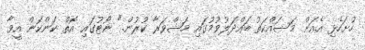
ހުށަހެޅި އެއަށް މަސައްކަތު ބައްދަލުވުމުގައި މަޝްވަރާ ކުރުން." ނޯޓުގައި އޮތް ކަންކަން އީވާ